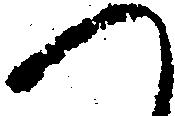
へ